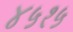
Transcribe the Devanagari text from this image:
४५१५